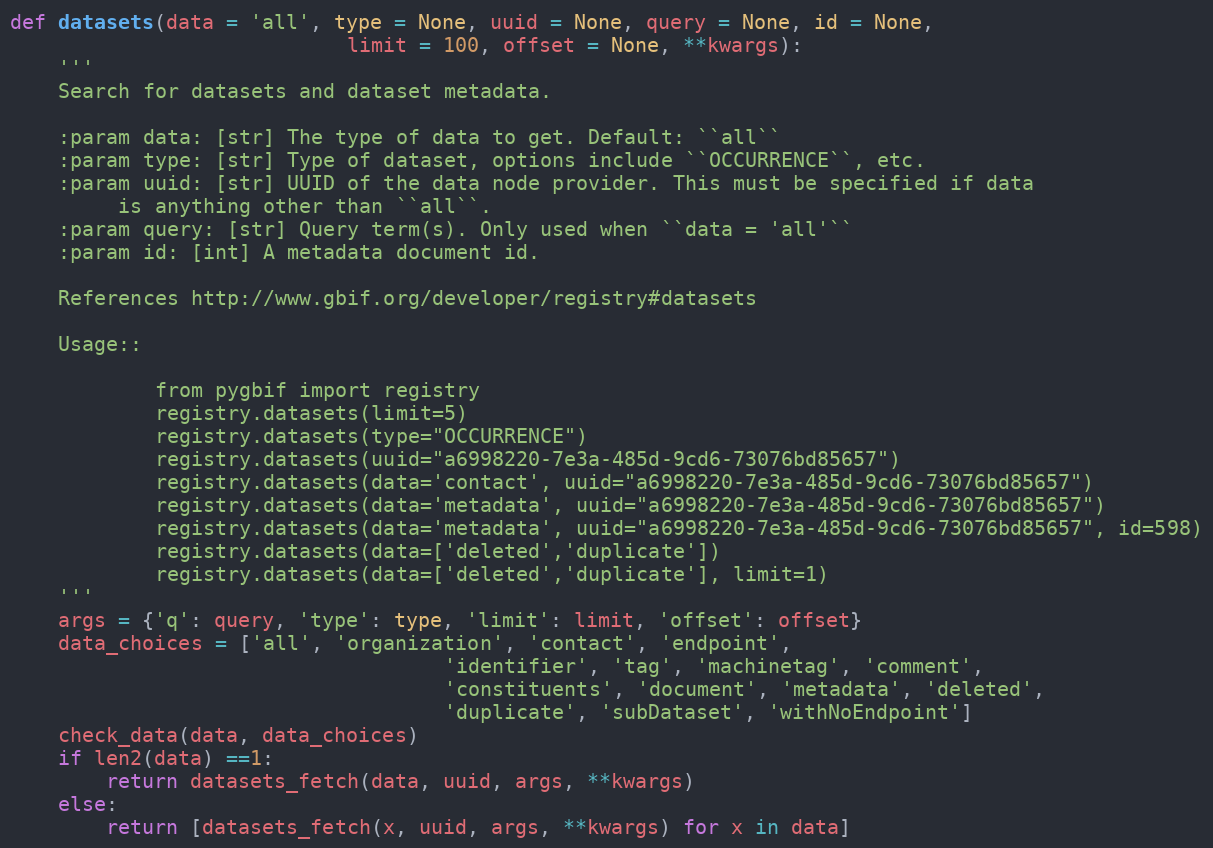
Language: Python
def datasets(data = 'all', type = None, uuid = None, query = None, id = None,
							limit = 100, offset = None, **kwargs):
	'''
	Search for datasets and dataset metadata.

	:param data: [str] The type of data to get. Default: ``all``
	:param type: [str] Type of dataset, options include ``OCCURRENCE``, etc.
	:param uuid: [str] UUID of the data node provider. This must be specified if data
		 is anything other than ``all``.
	:param query: [str] Query term(s). Only used when ``data = 'all'``
	:param id: [int] A metadata document id.

	References http://www.gbif.org/developer/registry#datasets

	Usage::

			from pygbif import registry
			registry.datasets(limit=5)
			registry.datasets(type="OCCURRENCE")
			registry.datasets(uuid="a6998220-7e3a-485d-9cd6-73076bd85657")
			registry.datasets(data='contact', uuid="a6998220-7e3a-485d-9cd6-73076bd85657")
			registry.datasets(data='metadata', uuid="a6998220-7e3a-485d-9cd6-73076bd85657")
			registry.datasets(data='metadata', uuid="a6998220-7e3a-485d-9cd6-73076bd85657", id=598)
			registry.datasets(data=['deleted','duplicate'])
			registry.datasets(data=['deleted','duplicate'], limit=1)
	'''
	args = {'q': query, 'type': type, 'limit': limit, 'offset': offset}
	data_choices = ['all', 'organization', 'contact', 'endpoint',
									'identifier', 'tag', 'machinetag', 'comment',
									'constituents', 'document', 'metadata', 'deleted',
									'duplicate', 'subDataset', 'withNoEndpoint']
	check_data(data, data_choices)
	if len2(data) ==1:
		return datasets_fetch(data, uuid, args, **kwargs)
	else:
		return [datasets_fetch(x, uuid, args, **kwargs) for x in data]